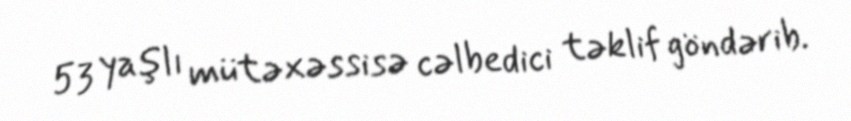
53 yaşlı mütəxəssisə cəlbedici təklif göndərib.